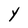
Character: Y